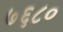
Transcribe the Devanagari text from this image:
७६८०